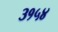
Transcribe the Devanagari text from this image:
३१५४